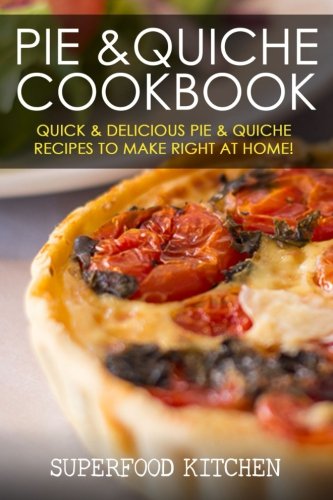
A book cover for Pie & Quiche Cookbook: Quick & Delicious Pie & Quiche Recipes To Make Right At Home!; Superfood Kitchen; Cookbooks, Food & Wine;